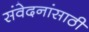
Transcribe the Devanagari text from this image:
संवेदनांसाठी